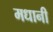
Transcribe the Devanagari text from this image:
मधानी